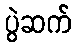
ပွဲဆက်